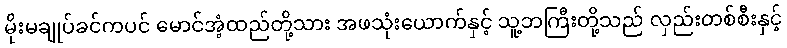
မိုးမချုပ်ခင်ကပင် မောင်အံ့ထည်တို့သား အဖသုံးယောက်နှင့် သူ့ဘကြီးတို့သည် လှည်းတစ်စီးနှင့်